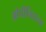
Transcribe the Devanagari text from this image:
ओपीनियन्स